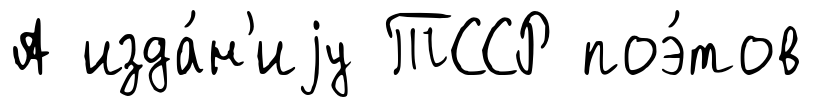
А изда́н'иjу ТССР поэ́тов